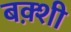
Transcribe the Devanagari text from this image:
बक़्शी